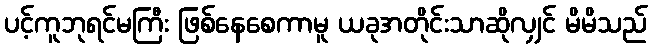
ပင့်ကူဘုရင်မကြီး ဖြစ်နေစေကာမူ ယခုအတိုင်းသာဆိုလျှင် မိမိသည်